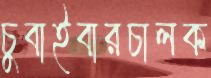
চুবাইবারচালক